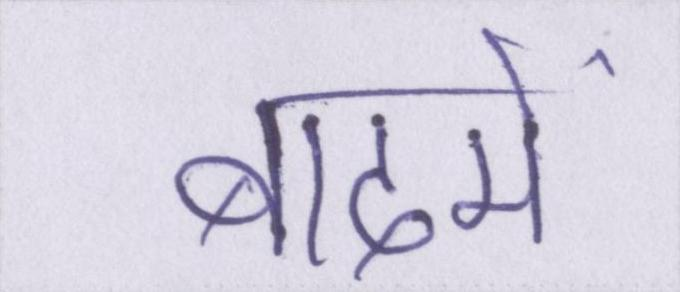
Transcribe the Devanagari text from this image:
बादमें